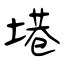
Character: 塂